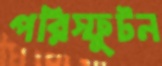
পরিস্ফুটন